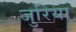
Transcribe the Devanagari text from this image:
जुरिया